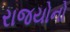
રાજયોનો